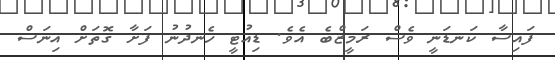
ފައިސާ ކަނޑަނީ ވެސް ރަމީޒްބެ އެވެ. ޑިއުޓީ ހެނދުނު ފަށާ ގޮތަށް އިނަސް